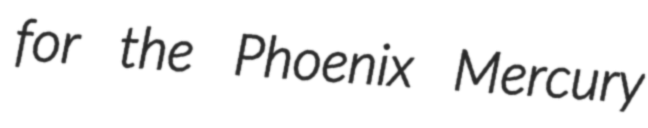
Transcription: for the Phoenix Mercury